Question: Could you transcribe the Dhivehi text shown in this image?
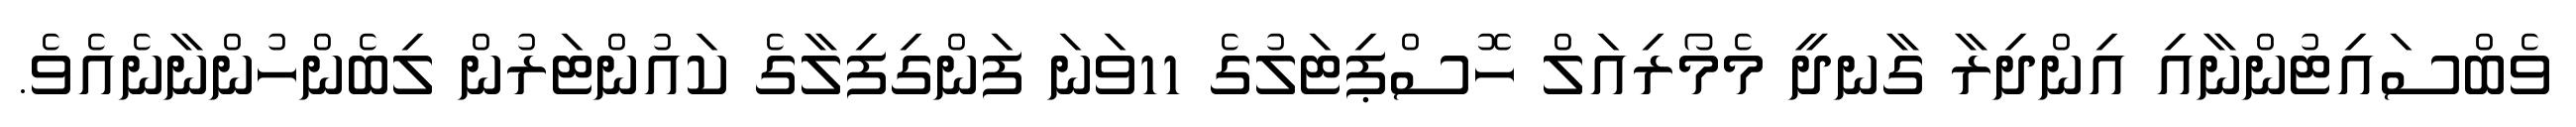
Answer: ވެބްސައިޓުންނާއި އިންދިރާ ގާނދީ މެމޯރިއަލް ހޮސްޕިޓަލުގެ 11ވަނަ ފަންގިފިލާގެ ކައުންޓަރުން ލިބެންހުންނާނެއެވެ.